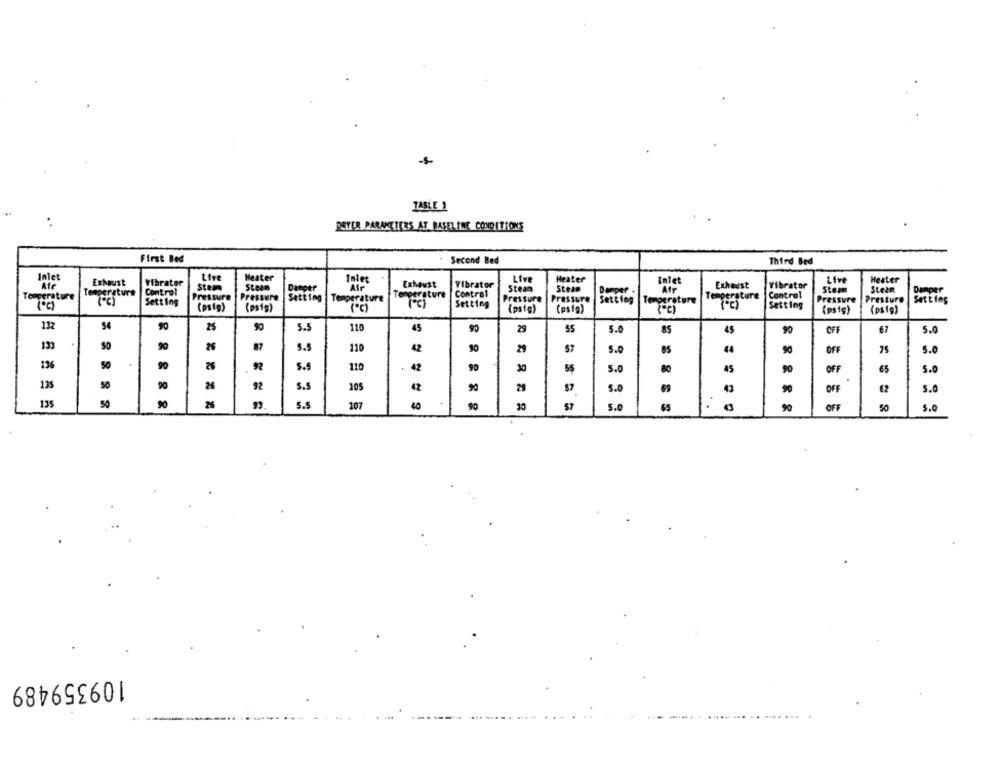
TABLE 1
DRYER PARAMETERS AT BASELINE CONDITIONS
First Bed
Second Bed
Third Bed
Inlet
Heater
Afr
Exhaust
Vibrator
Inter
Exhaust
Vibrator
Live
Heater
Intet
Exhaust
Vibrator
Live
Hester
Control
Stem
Stein
Danger
Ale
Steam
Steam
Damper .
Afr
Steam
Steen
Dumper
Temperature
Temperature
Pressure
Pressure
Setting
Temperature
Temperature
Control
Pressure
Pressure
Setting
Temperature
Temperature
Control
Pressure
Presture
Setting
(0)
(*℃)
Setting
(pste)
(psig)
("℃)
Setting
(psig)
Setting
(psig)
(ps'tg)
(pstg)
132
54
90
25
5.5
110
45
90
29
55
5.0
85
45
90
OFF
67
5.0
133
SO
87
26
S.S
110
42
29
57
5.0
44
&
OFF
5.0
13
50
.
90
26
92
110
42
30
55
5.0
80
45
90
OFF
65
5.0
135
90
26
92
5.5
105
42
29
5.0
69
90
OFF
62
5.0
135
50
90
26
5.5
107
40
.
90
57
5.0
65
OFF
50
5.0
109359489